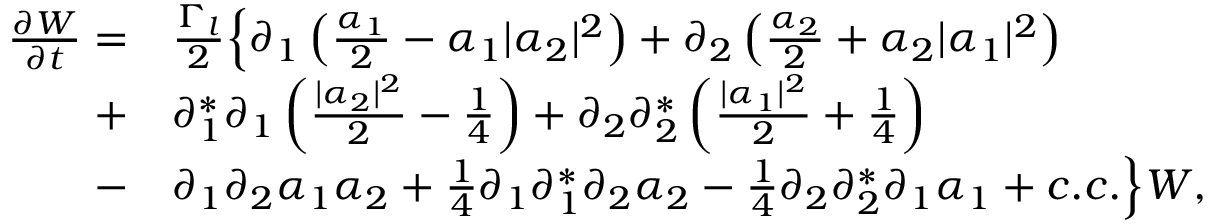
\begin{array} { r l } { \frac { \partial W } { \partial t } = } & { \frac { \Gamma _ { l } } { 2 } \Big \{ \partial _ { 1 } \left( \frac { \alpha _ { 1 } } { 2 } - \alpha _ { 1 } \lvert \alpha _ { 2 } \rvert ^ { 2 } \right) + \partial _ { 2 } \left( \frac { \alpha _ { 2 } } { 2 } + \alpha _ { 2 } \lvert \alpha _ { 1 } \rvert ^ { 2 } \right) } \\ { + } & { \partial _ { 1 } ^ { * } \partial _ { 1 } \left( \frac { \lvert \alpha _ { 2 } \rvert ^ { 2 } } { 2 } - \frac { 1 } { 4 } \right) + \partial _ { 2 } \partial _ { 2 } ^ { * } \left( \frac { \lvert \alpha _ { 1 } \rvert ^ { 2 } } { 2 } + \frac { 1 } { 4 } \right) } \\ { - } & { \partial _ { 1 } \partial _ { 2 } \alpha _ { 1 } \alpha _ { 2 } + \frac { 1 } { 4 } \partial _ { 1 } \partial _ { 1 } ^ { * } \partial _ { 2 } \alpha _ { 2 } - \frac { 1 } { 4 } \partial _ { 2 } \partial _ { 2 } ^ { * } \partial _ { 1 } \alpha _ { 1 } + c . c . \Big \} W , } \end{array}